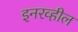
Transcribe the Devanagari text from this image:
इनरव्हील